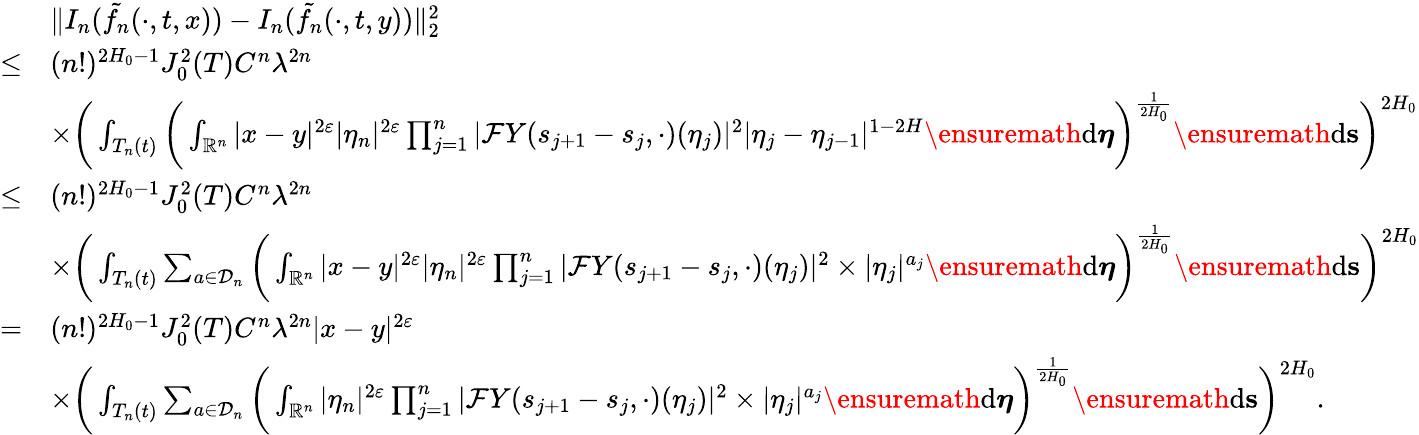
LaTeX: \begin{array}{rl}&{\Vert I_{n}(\tilde{f_{n}}(\cdot,t,x))-I_{n}(\tilde{f_{n}}(\cdot,t,y))\Vert_{2}^{2}}\\ {\leq}&{(n!)^{2H_{0}-1}J_{0}^{2}(T)C^{n}\lambda^{2n}}\\ &{\times\bigg(\int_{T_{n}(t)}\bigg(\int_{\mathbb{R}^{n}}|x-y|^{2\varepsilon}|\eta_{n}|^{2\varepsilon}\prod_{j=1}^{n}|\mathcal{F}Y(s_{j+1}-s_{j},\cdot)(\eta_{j})|^{2}|\eta_{j}-\eta_{j-1}|^{1-2H}\ensuremath{\mathrm{d}}\boldsymbol\eta\bigg)^{\frac{1}{2H_{0}}}\ensuremath{\mathrm{d}}\mathbf{s}\bigg)^{2H_{0}}}\\ {\leq}&{(n!)^{2H_{0}-1}J_{0}^{2}(T)C^{n}\lambda^{2n}}\\ &{\times\bigg(\int_{T_{n}(t)}\sum_{a\in\mathcal{D}_{n}}\bigg(\int_{\mathbb{R}^{n}}|x-y|^{2\varepsilon}|\eta_{n}|^{2\varepsilon}\prod_{j=1}^{n}|\mathcal{F}Y(s_{j+1}-s_{j},\cdot)(\eta_{j})|^{2}\times|\eta_{j}|^{a_{j}}\ensuremath{\mathrm{d}}\boldsymbol\eta\bigg)^{\frac{1}{2H_{0}}}\ensuremath{\mathrm{d}}\mathbf s\bigg)^{2H_{0}}}\\ {=}&{(n!)^{2H_{0}-1}J_{0}^{2}(T)C^{n}\lambda^{2n}|x-y|^{2\varepsilon}}\\ &{\times\bigg(\int_{T_{n}(t)}\sum_{a\in\mathcal{D}_{n}}\bigg(\int_{\mathbb{R}^{n}}|\eta_{n}|^{2\varepsilon}\prod_{j=1}^{n}|\mathcal{F}Y(s_{j+1}-s_{j},\cdot)(\eta_{j})|^{2}\times|\eta_{j}|^{a_{j}}\ensuremath{\mathrm{d}}\boldsymbol\eta\bigg)^{\frac{1}{2H_{0}}}\ensuremath{\mathrm{d}}\mathbf s\bigg)^{2H_{0}}.}\end{array}